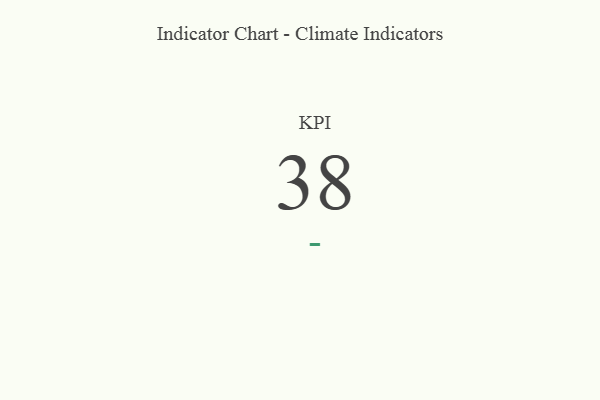
{"axis": {"x": "KPI", "y": "Value"}, "legend": [""], "data": [{"x": "KPI", "y": 38, "type": ""}]}